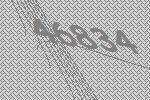
46834